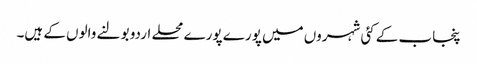
پنجاب کے کئی شہروں میں پورے پورے محلے اردو بولنے والوں کے ہیں۔